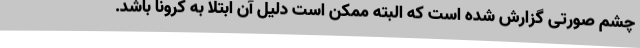
چشم صورتی گزارش شده است که البته ممکن است دلیل آن ابتلا به کرونا باشد.